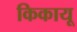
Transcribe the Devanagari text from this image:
किकायू